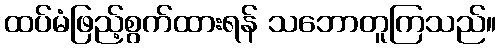
ထပ်မံဖြည့်စွက်ထားရန် သဘောတူကြသည်။